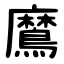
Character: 䳸